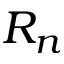
R _ { n }